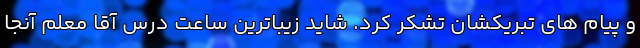
و پیام های تبریکشان تشکر کرد. شاید زیباترین ساعت درس آقا معلم آنجا